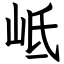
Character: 岻